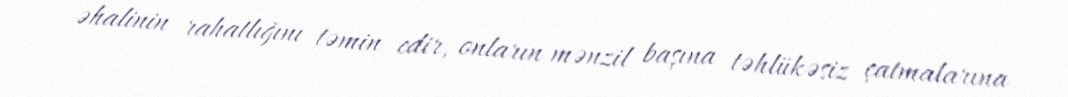
əhalinin rahatlığını təmin edir, onların mənzil başına təhlükəsiz çatmalarına